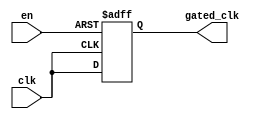
module clock_gating_buffer (
    input wire clk,        // Primary clock signal
    input wire en,         // Enable signal
    output reg gated_clk   // Gated clock output
);

// Internal signal to help with gating
reg clk_d;

always @(posedge clk or negedge en) begin
    if (!en) begin
        gated_clk <= 1'b0; // Hold gated clock low when enable is low
    end else begin
        gated_clk <= clk;   // Pass through the clock when enable is high
    end
end

endmodule